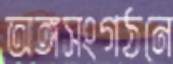
অঙ্গসংগঠনে